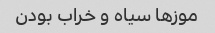
موز‌ها سیاه و خراب بودن